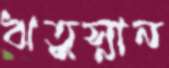
ঋতুস্নান